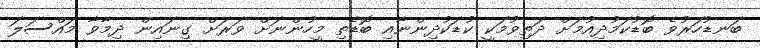
ބަނޑުހަރުވެ ބޮޑުކަމުދިއުމަށް ދަތިވުމަކީ ކުޑަކުދިންނާއި ބޮޑެތި މީހުންނަށް ވަރަށް ގިނައިން ދިމާވާ މައްސަލަ